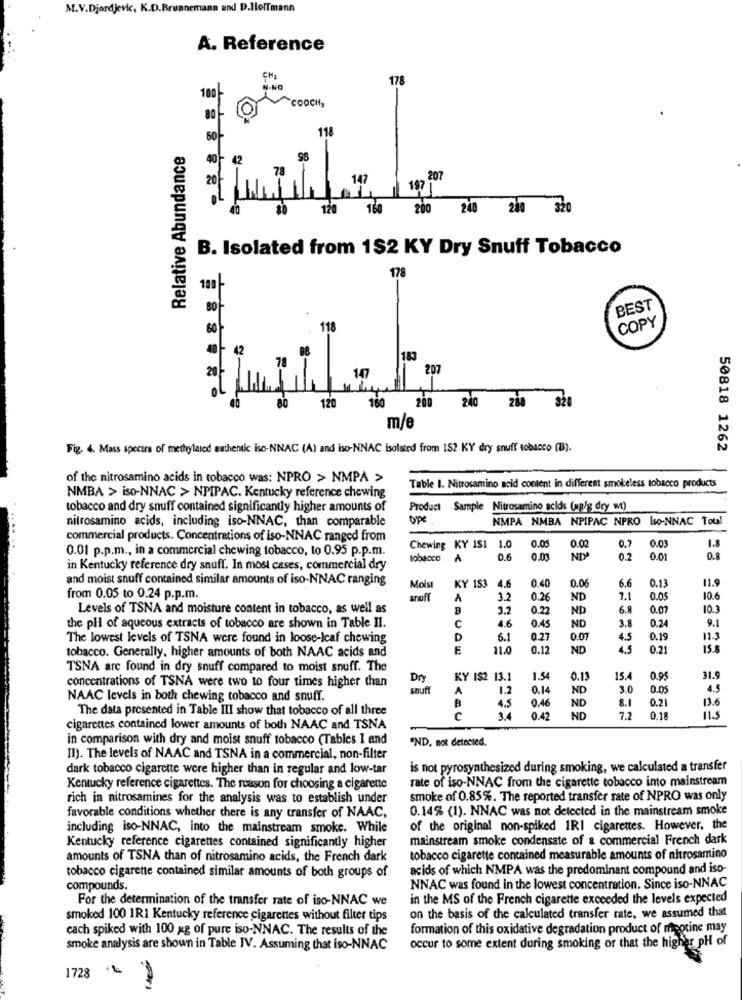
M.V.Djordjevic, K.D.Brunnemann and D.Hoffmann
A. Reference
CH2
178
.NO
COOCH,
118
Relative Abundance
98
78
147
207
197 1
120
160
200
240 200 320
B. Isolated from 1$2 KY Dry Snuff Tobacco
178
BEST
COPY
118
42
183
207
20
147
160
200
120
240 288
m/e
Fig. 4. Mass spectra of methylated authentic iso-NNAC (A) and iso-NNAC isolated from 152 KY dry snuff tobacco (B).
50818 1262
of the nitrosamino acids in tobacco was: NPRO > NMPA >
Table I. Nitrosamino acid content in different smokeless tobacco products
NMBA > iso-NNAC > NPIPAC. Kentucky reference chewing
tobacco and dry snuff contained significantly higher amounts of
Product Sample Nitrosamino acids (mg/g dry wt)
nitrosamino acids, including iso-NNAC, than comparable
type
NMPA NMBA NPIPAC NPRO Iso-NNAC Toul
commercial products. Concentrations of iso-NNAC ranged from
0.01 p.p.m ., in a commercial chewing tobacco, to 0.95 p.p.m.
Chewing KY 1S1 1.0
0.05
0.02
0.7
0.03
tobacco
A
0.6
0.03
0.2
0.01
0.8
in Kentucky reference dry snuff. In most cases, commercial dry
and moist snuff contained similar amounts of iso-NNAC ranging
0.40
6.6
Molsı
KY 153
4.6
0.06
0.13
11.9
from 0.05 to 0.24 p.p.m.
A
3.2
0.26
ND
7.1
0.05
10.6
Levels of TSNA and moisture content in tobacco, as well as
3.2
0.22
ND
6.5
0.07
10.3
C
0.24
9.
the pli of aqueous extracts of tobacco are shown in Table Il.
4.6
0.45
ND
3.8
The lowest levels of TSNA were found in loose-leaf chewing
D
6.1
0.27
0.07
4.5
0.19
1.3
tobacco. Generally, higher amounts of both NAAC acids and
11.0
0.12
ND
4.5
0.21
15.
TSNA are found in dry snuff compared to moist snuff. The
Dry
KY IS2 13.1
1.54
0.13
15.
0.95
31.5
concentrations of TSNA were two to four times higher than
snuff
A
1.2
0.14
ND
3.0
0.05
4.5
NAAC levels in both chewing tobacco and snuff.
4.5
0.46
8.1
0.21
13.6
The data presented in Table III show that tobacco of all three
ND
3.4
0.42
ND
7.2
0.18
115
cigarettes contained lower amounts of both NAAC and TSNA
in comparison with dry and moist snuff tobacco (Tables I and
'ND, not detected.
Il). The levels of NAAC and TSNA in a commercial, non-filter
dark tobacco cigarette were higher than in regular and low-tar
is not pyrosynthesized during smoking, we calculated a transfer
rate of iso-NNAC from the cigarette tobacco into mainstream
Kentucky reference cigarettes. The reason for choosing a cigarette
rich in nitrosamines for the analysis was to establish under
smoke of 0.85%. The reported transfer rate of NPRO was only
0.14% (1). NNAC was not detected in the mainstream smoke
favorable conditions whether there is any transfer of NAAC,
including iso-NNAC, into the mainstream smoke. While
of the original non-spiked IRI cigarettes. However, the
Kentucky reference cigarettes contained significantly higher
mainstream smoke condensate of a commercial French dark
amounts of TSNA than of nitrosamino acids, the French dark
tobacco cigarette contained measurable amounts of nitrosamino
acids of which NMPA was the predominant compound and iso-
tobacco cigarette contained similar amounts of both groups of
compounds
NNAC was found in the lowest concentration. Since iso-NNAC
For the determination of the transfer rate of iso-NNAC we
in the MS of the French cigarette exceeded the levels expected
smoked 100 1R1 Kentucky reference cigarettes without filter tips
on the basis of the calculated transfer rate, we assumed that
cach spiked with 100 xg of pure iso-NNAC. The results of the
formation of this oxidative degradation product of meotine may
occur to some extent during smoking or that the higher pH of
smoke analysis are shown in Table IV. Assuming that iso-NNAC
1728